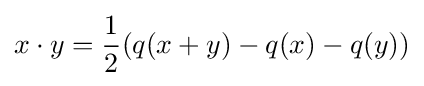
x\cdot y={\frac {1}{2}}(q(x+y)-q(x)-q(y))